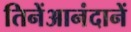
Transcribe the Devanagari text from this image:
तिनेंआनंदानें